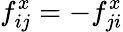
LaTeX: f_{ij}^{x}=-f_{ji}^{x}